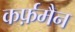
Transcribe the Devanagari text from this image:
कर्फ़मैन